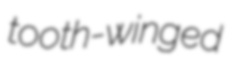
tooth-winged